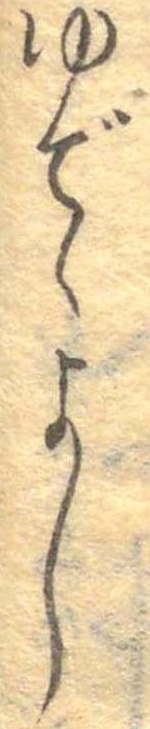
ゆでゝよし